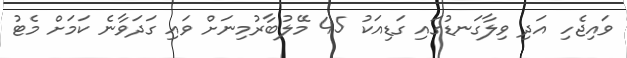
ވައިޖެހި އަދި ވިލާގަނޑުގައި ގަޑިއަކު 45 މޭލުބާރުމިނަށް ވައި ގަދަވާނެ ކަމަށް މެޓު